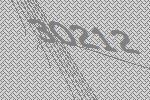
30212